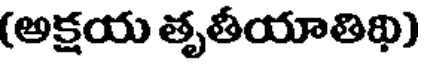
(అక్షయ తృతీయాతిథి)